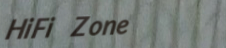
HiFi Zone